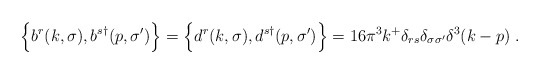
\begin{align*}\Bigl\{b^r(k,\sigma),b^{s\dagger}(p,\sigma')\Bigr\}=\Bigl\{d^r(k,\sigma),d^{s\dagger}(p,\sigma')\Bigr\}= 16\pi^3 k^+ \delta_{rs} \delta_{\sigma \sigma'} \delta^3(k-p) \;.\end{align*}